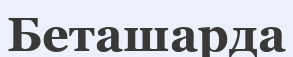
Беташарда